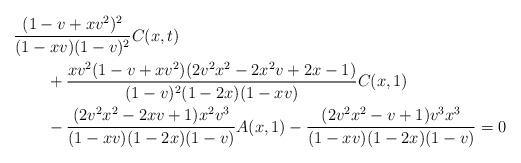
LaTeX: \begin{align*}&\frac{(1-v+xv^2)^2}{(1-xv)(1-v)^2}C(x,t)\\&\qquad+\frac{xv^2(1-v+xv^2)(2v^2x^2-2x^2v+2x-1)}{(1-v)^2(1-2x)(1-xv)}C(x,1)\\&\qquad-\frac{(2v^2x^2-2xv+1)x^2v^3}{(1-xv)(1-2x)(1-v)}A(x,1)-\frac{(2v^2x^2-v+1)v^3x^3}{(1-xv)(1-2x)(1-v)}=0\end{align*}